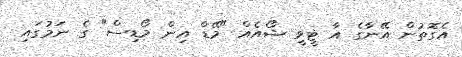
އެގޮތުން އޭނާގެ އާ ޓީވީ ޝޯއެއް "މޭޑް އިން މޯޑިސް" ގެ ނަމުގައި